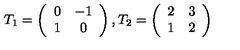
T _ { 1 } = \left( \begin{array} { c c } { 0 } & { - 1 } \\ { 1 } & { 0 } \\ \end{array} \right) , T _ { 2 } = \left( \begin{array} { c c } { 2 } & { 3 } \\ { 1 } & { 2 } \\ \end{array} \right)